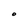
Character: O